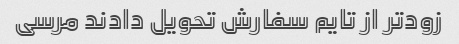
زود‌تر از تایم سفارش تحویل دادند مرسی